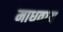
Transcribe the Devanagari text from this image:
माधवाय